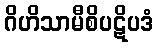
ဂိဟိသာမီစိပဋိပဒံ